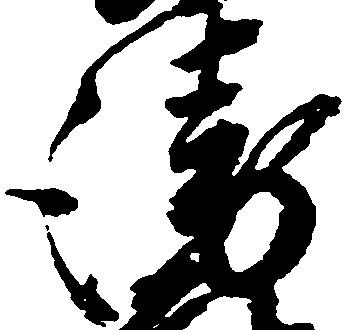
衛